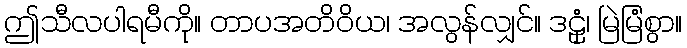
ဤသီလပါရမီကို။ တာပအတိဝိယ၊ အလွန်လျှင်။ ဒဠှံ၊ မြဲမြံစွာ။